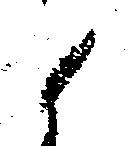
候